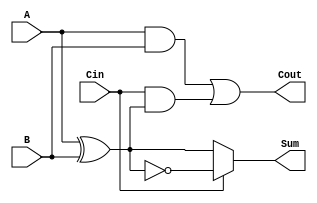
module ConditionalSumFullAdder (
    input wire A,     // First input bit
    input wire B,     // Second input bit
    input wire Cin,   // Carry-in bit
    output wire Sum,  // Resulting sum bit
    output wire Cout  // Carry-out bit
);

    wire AxorB;      // Intermediate wire for A XOR B
    wire AxorB_not;  // Intermediate wire for NOT (A XOR B)

    // Calculate A XOR B
    assign AxorB = A ^ B;
    
    // Calculate NOT (A XOR B)
    assign AxorB_not = ~AxorB;

    // Sum calculation
    assign Sum = (Cin == 1'b0) ? AxorB : AxorB_not;

    // Carry calculation
    assign Cout = (A & B) | (Cin & AxorB);

endmodule